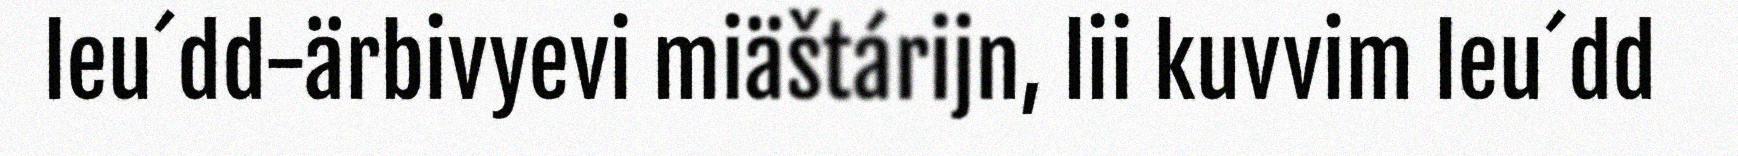
leu´dd-ärbivyevi miäštárijn, lii kuvvim leu´dd